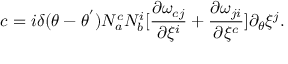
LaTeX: c = i { \delta } ( \theta - { \theta } ^ { ' } ) N _ { a } ^ { c } N _ { b } ^ { i } [ \frac { { \partial } { \omega } _ { c j } } { { \partial { \xi } ^ { i } } } + \frac { { \partial } { \omega } _ { j i } } { { \partial { \xi } ^ { c } } } ] \partial _ { \theta } { \xi } ^ { j } .